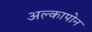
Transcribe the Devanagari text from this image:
अल्कापोन